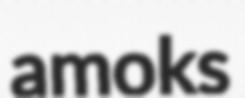
amoks